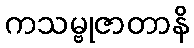
ကသမ္ဗုဇာတာနိ